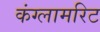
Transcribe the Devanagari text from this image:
कंग्लामरिट